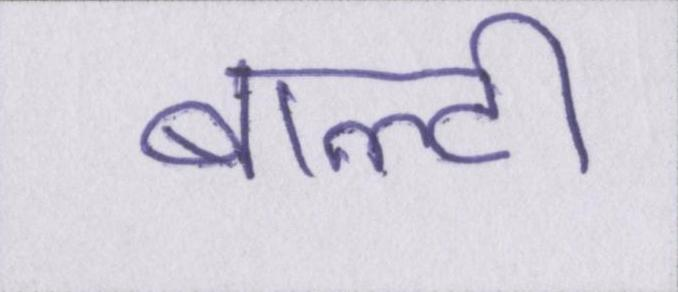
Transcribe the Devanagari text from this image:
बाल्टी